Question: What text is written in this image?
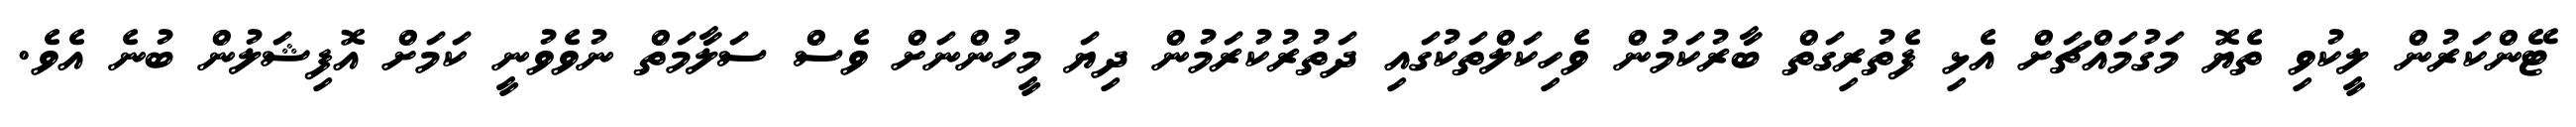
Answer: ޓޭންކަރުން ލީކުވި ތެޔޮ މަގުމައްޗަށް އެޅި ފެތުރިގަތް ބާރުކަމުން ވެހިކަލްތަކުގައި ދަތުރުކުރަމުން ދިޔަ މީހުންނަށް ވެސް ސަލާމަތް ނުވެވުނީ ކަމަށް އޮފިޝަލުން ބުނެ އެވެ.